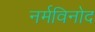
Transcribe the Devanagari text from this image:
नर्मविनोद